system: You are a helpful assistant.
user:
Analyze the provided spectrum to determine if it is a **S-type Star**.

- **Key Indicators for S-type Star:**

    - **(Overall Spectrum Shape):** The first and most obvious characteristic is the overall continuum (the "baseline" shape). It is **extremely "red-sloping,"** meaning the flux (light intensity) is very low on the left side (blue, ~4000-4500 Å) and rises steeply and continuously toward the right side (red, ~7000 Å+).

    - **(Primary):** The spectrum is defined by the presence of strong, broad molecular absorption "valleys" (bands) from **Zirconium Oxide (ZrO)**. The identification of these bands is the **primary requirement** for classifying a star as S-type.
        - **(Key Bandheads):** You must find distinct, deep "dips" where the light has been absorbed. The most critical band systems to locate are:
            - **~6474 Å** ($\gamma$-system): This is often the strongest and clearest ZrO feature, found in the red part of the spectrum.
            - **~5718 Å** & **~5551 Å** ($\beta$-system): A pair of prominent absorption features in the yellow-orange part of the spectrum.
            - **~4640 Å** ($\alpha$-system): A key absorption band system in the blue-green region of the spectrum.

    - **(Secondary Confirmation):** The classification is strengthened by finding additional absorption bands from other related heavy element oxides, which are expected to be present alongside ZrO.
        - **(Key Bandheads):**
            - **Yttrium Oxide (YO):** Look for absorption dips near **~4800 Å** and **~6100 Å**.
            - **Lanthanum Oxide (LaO):** Additional absorption features, particularly in the red-orange part of the spectrum, are also characteristic.

    - **(Line Profile):** The combination of the steep red continuum and these numerous, deep molecular bands (ZrO, YO, etc.) gives the entire spectrum a very **"chopped-up"** or **"bumpy"** appearance. Instead of a smooth curve, the spectrum looks as though large, wide chunks of light have been "carved out" of it at the specific wavelengths listed above.

Think first, call **spectral_visualization_tool** if needed to examine features in detail, then provide your final answer. Your response must adhere to the following strict rules:
1.  **Overall Structure:** Your response must follow the format `<think>...</think> <tool_call>...</tool_call> (if a tool is used) <answer>...</answer>`.
2.  **Tool Usage Constraint:** You may only make **one** tool call per turn.
3.  **Final Answer Format:** In the `<answer>` tag, your conclusion must be inside a `\boxed{}` command (e.g., `\boxed{YES}` or `\boxed{NO}`), followed by your justification.

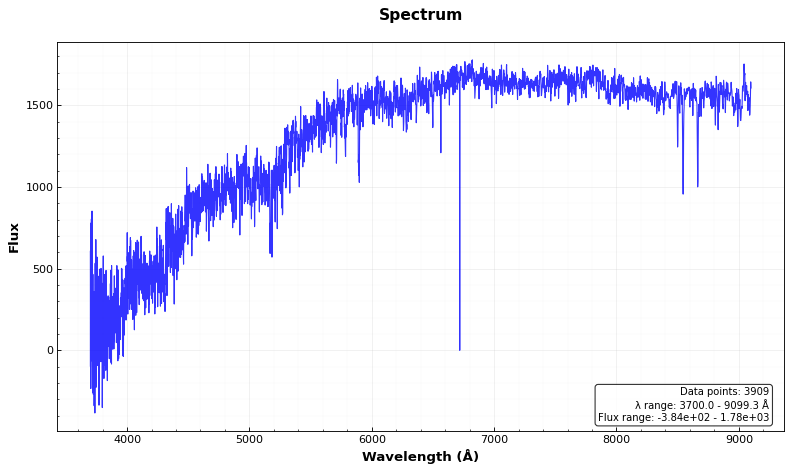
Answer: NO